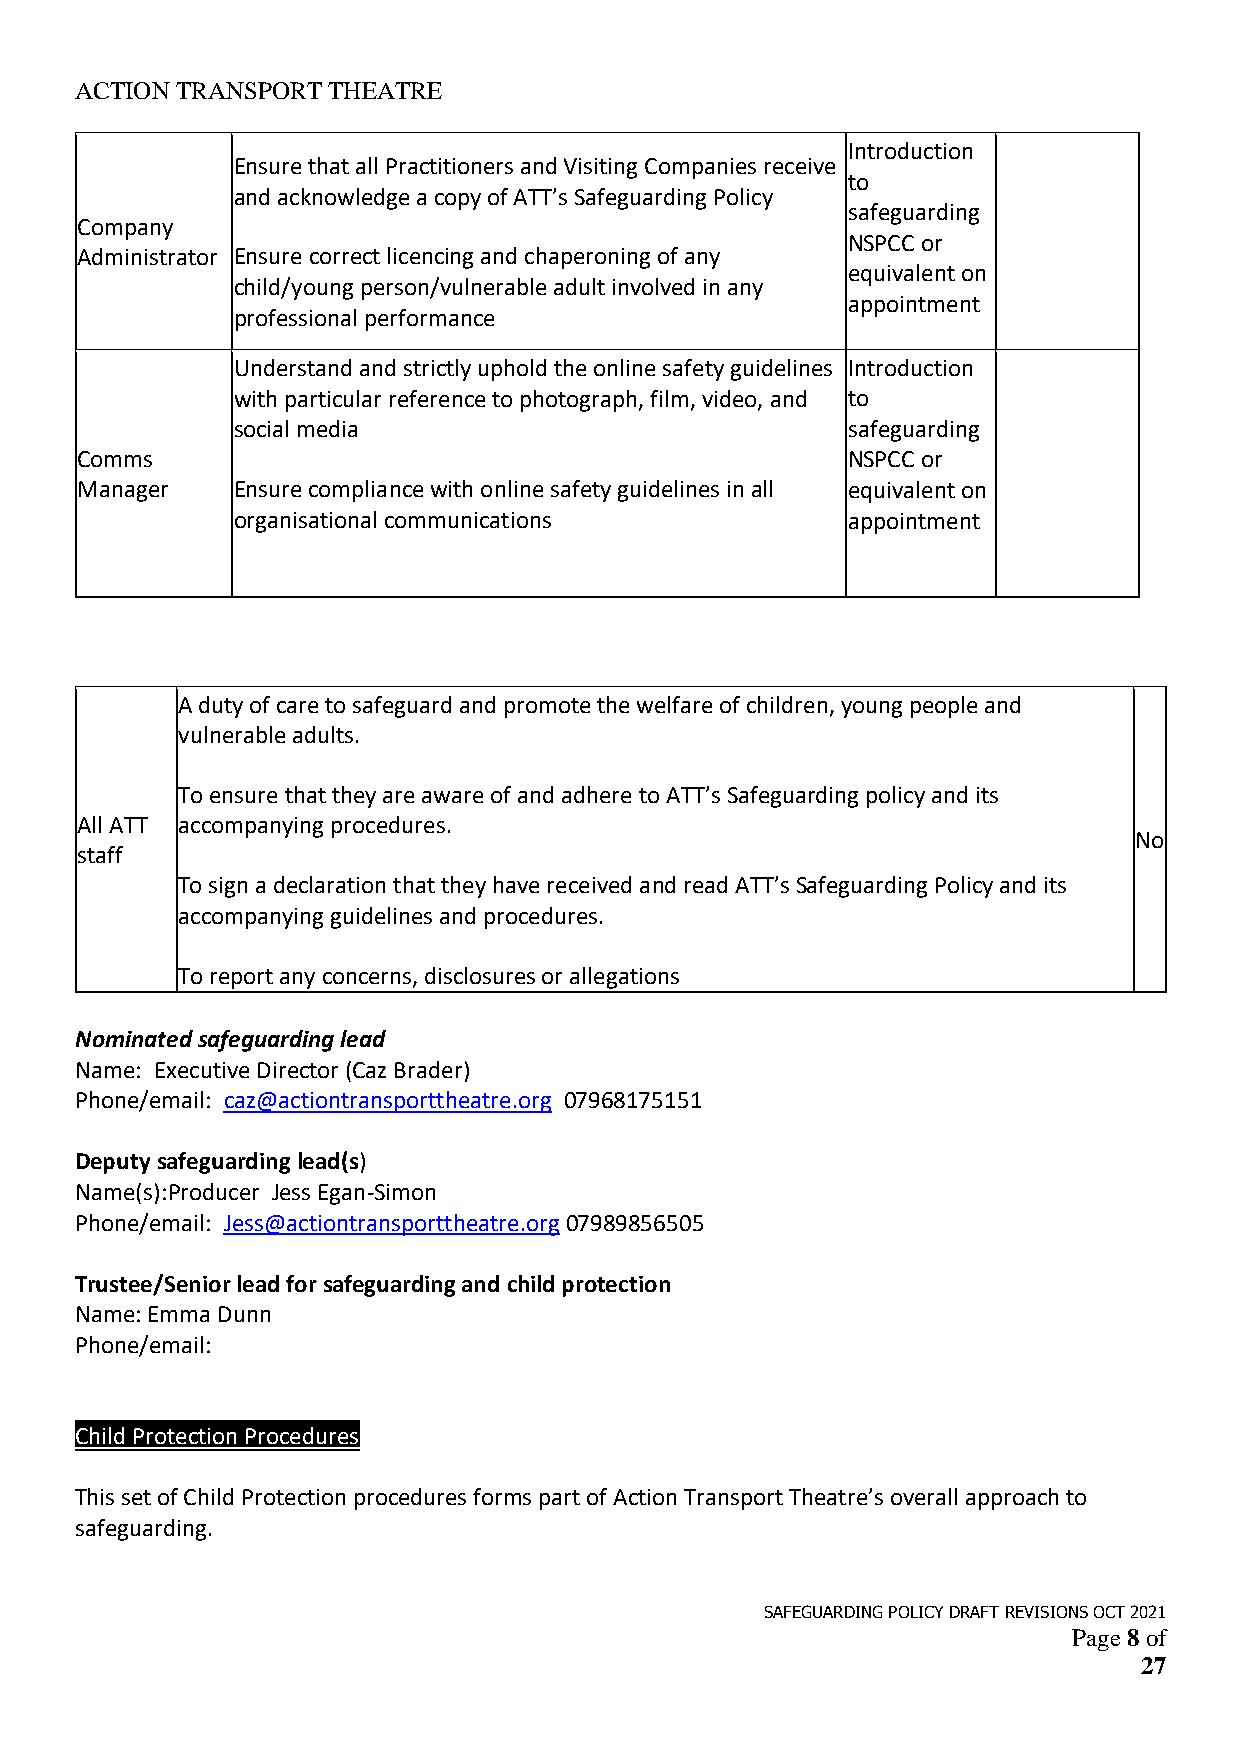
ACTION TRANSPORT THEATRE
 Introduction
 Ensure that all Practitioners and Visiting Companies receive
 to
 and acknowledge a copy of ATT’s Safeguarding Policy
 safeguarding
 Company
 NSPCC or
 Administrator Ensure correct licencing and chaperoning of any
 equivalent on
 child/young person/vulnerable adult involved in any
 appointment
 professional performance
 Understand and strictly uphold the online safety guidelines Introduction
 with particular reference to photograph, film, video, and to
 social media                             safeguarding
 Comms                                              NSPCC or
 Manager   Ensure compliance with online safety guidelines in all equivalent on
 organisational communications            appointment
 A duty of care to safeguard and promote the welfare of children, young people and
 vulnerable adults.
 To ensure that they are aware of and adhere to ATT’s Safeguarding policy and its
 All ATT accompanying procedures.
 No
 staff
 To sign a declaration that they have received and read ATT’s Safeguarding Policy and its
 accompanying guidelines and procedures.
 To report any concerns, disclosures or allegations
 Nominated safeguarding lead
 Name: Executive Director (Caz Brader)
 Phone/email: caz@actiontransporttheatre.org 07968175151
 Deputy safeguarding lead(s)
 Name(s):Producer Jess Egan-Simon
 Phone/email: Jess@actiontransporttheatre.org 07989856505
 Trustee/Senior lead for safeguarding and child protection
 Name: Emma Dunn
 Phone/email:
 Child Protection Procedures
 This set of Child Protection procedures forms part of Action Transport Theatre’s overall approach to
 safeguarding.
 SAFEGUARDING POLICY DRAFT REVISIONS OCT 2021
 Page 8 of
 27